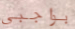
بواجبي